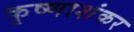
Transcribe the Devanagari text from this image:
कृष्णाशंकर